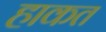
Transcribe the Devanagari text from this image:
हाकत